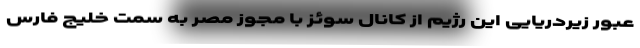
عبور زیردریایی این رژیم از کانال سوئز با مجوز مصر به سمت خلیج فارس